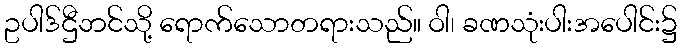
ဥပါဒ်ဌီဘင်သို့ ရောက်သောတရားသည်။ ဝါ၊ ခဏသုံးပါးအပေါင်း၌